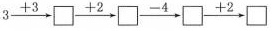
$$3 \xrightarrow { + 3 } \Box \xrightarrow { + 2 } \Box \xrightarrow { - 4 } \Box \xrightarrow { + 2 } \Box$$